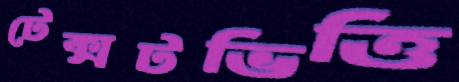
টেক্সটভিত্তি